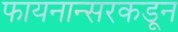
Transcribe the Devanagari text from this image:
फायनान्सरकडून